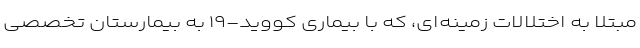
مبتلا به اختلالات زمینه‌ای، که با بیماری کووید-۱۹ به بیمارستان تخصصی